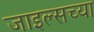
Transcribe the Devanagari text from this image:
जाइल्सच्या